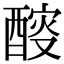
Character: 𨡻